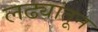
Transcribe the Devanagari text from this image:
लढ्यांतून